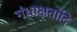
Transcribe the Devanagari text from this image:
गंधाक्षतांदि